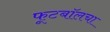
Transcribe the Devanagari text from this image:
फूटबॉलचा